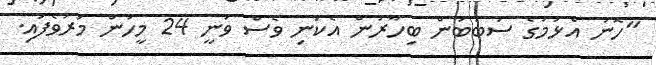
"ހޮނު އެޅުމުގެ ސަބަބުން ބިހާރުން އެކަނި ވެސް ވަނީ 24 މީހުން މަރުވެފައި.